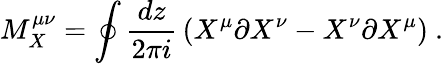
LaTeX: M_{X}^{\mu\nu}=\oint{\frac{dz}{2\pi i}}\left(X^{\mu}\partial X^{\nu}-X^{\nu}\partial X^{\mu}\right)\ .